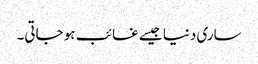
ساری دنیا جیسے غائب ہو جاتی۔